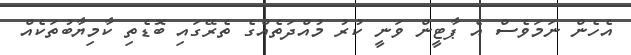
އެހެން ނަމަވެސް އެ ޕާޓީން ވަނީ ކުރު މުއްދަތެއްގެ ތެރޭގައި ބޮޑެތި ކާމިޔާބުތަކެއް